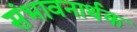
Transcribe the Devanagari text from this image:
संभावनार्थक